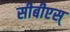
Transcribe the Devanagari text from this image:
सीबीएस्